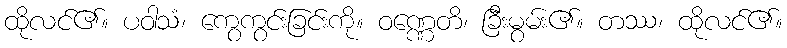
ထိုလင်၏။ ပဝါသံ၊ ကွေကွင်းခြင်းကို။ ဝဏ္ဏေတိ၊ ခြီးမွမ်း၏။ တဿ၊ ထိုလင်၏။